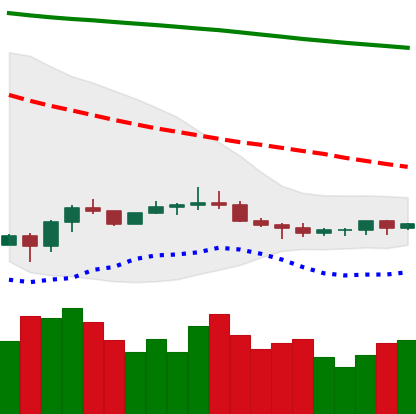
Ticker: ETC-USD
Chart end date: 2022-07-06
Forward return: -6.607%
Label: down_5_7